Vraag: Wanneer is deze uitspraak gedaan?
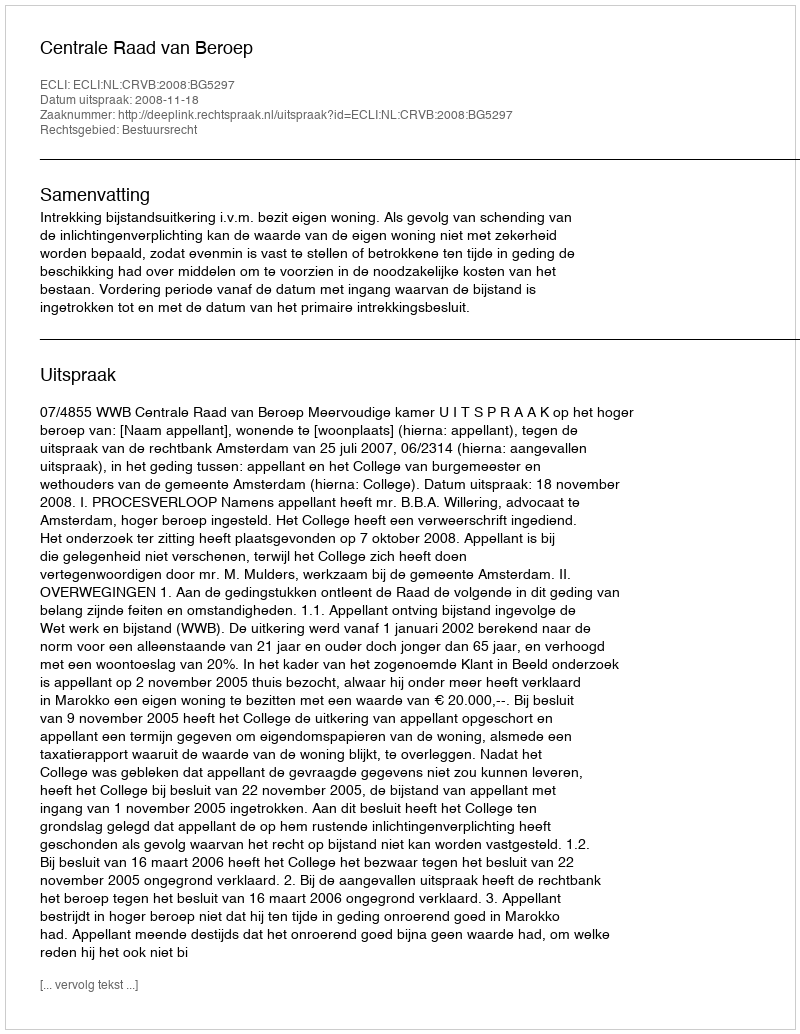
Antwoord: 2008-11-18